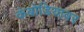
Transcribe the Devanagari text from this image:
कंबोडियावर